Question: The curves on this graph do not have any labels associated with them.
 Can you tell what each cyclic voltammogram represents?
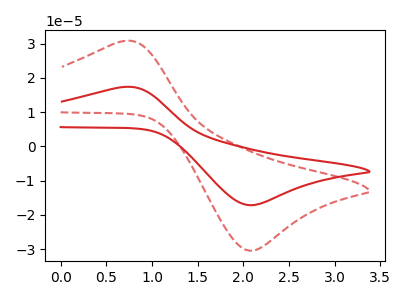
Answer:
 <answer>The red curve does not have a label. The red dashed curve does not have a label.</answer>
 <eval></eval>